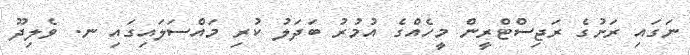
ނަގައި ރަށުގެ ރަޖިސްޓްރީން މީހެއްގެ އުމުރު ބަދަލު ކުރި މައްސަލައިގައި ނ. ވެލިދޫ